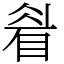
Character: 睂